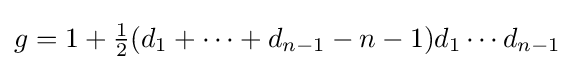
g=1+{\tfrac {1}{2}}(d_{1}+\cdots +d_{n-1}-n-1)d_{1}\cdots d_{n-1}